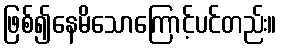
ဖြစ်၍နေမိသောကြောင့်ပင်တည်း။